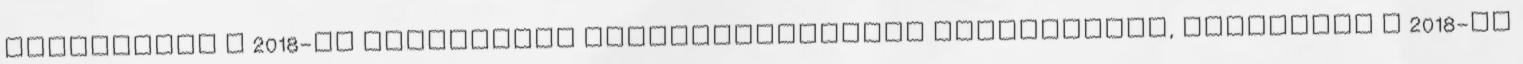
jelentkezz a 2018-as Munkahelyi elsősegélynyújtó tanfolyamra, Miskolcra A 2018-as